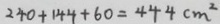
2 4 0 + 1 4 4 + 6 0 = 4 4 4 c m ^ { 2 }